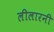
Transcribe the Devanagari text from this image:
लीलारनी